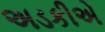
અડકીએ